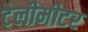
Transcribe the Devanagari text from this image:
टेलीमीटर